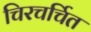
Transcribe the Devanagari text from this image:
चिरचर्चित